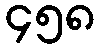
၄၅၈